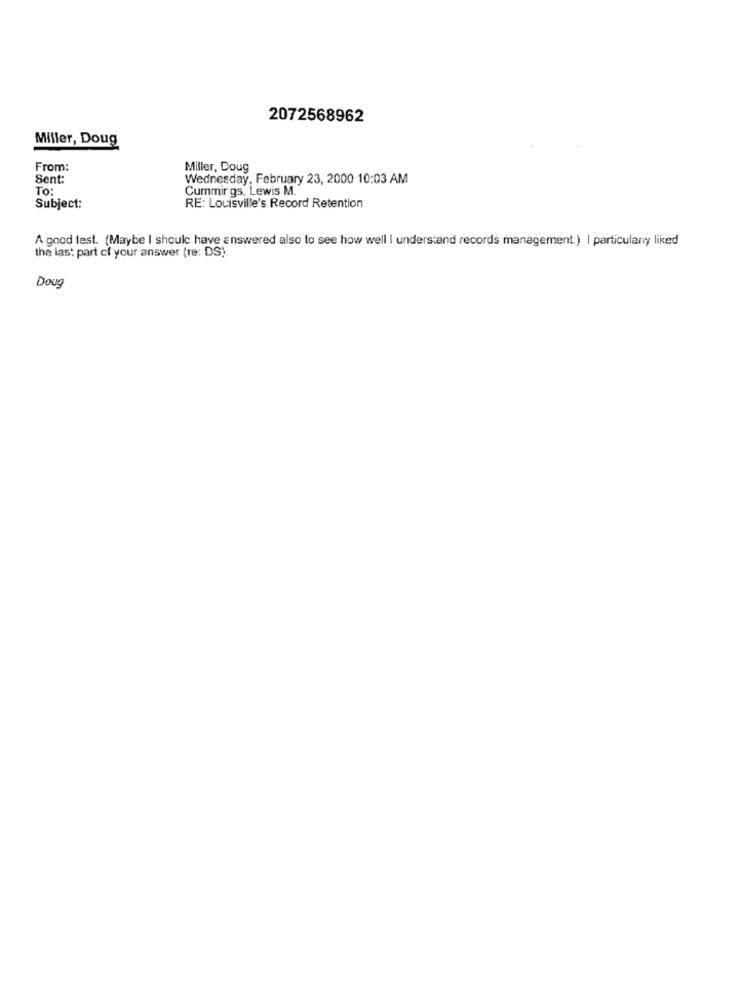
2072568962
Miller, Doug
From:
Miller, Doug
Sent:
Wednesday, February 23, 2000 10:03 AM
To:
Cummings, Lewis M.
Subject:
RE: Louisville's Record Retention
A good test. (Maybe I should have answered also to see how well I understand records management.) | particulary liked
the last part of your answer (re: DS)
Doug